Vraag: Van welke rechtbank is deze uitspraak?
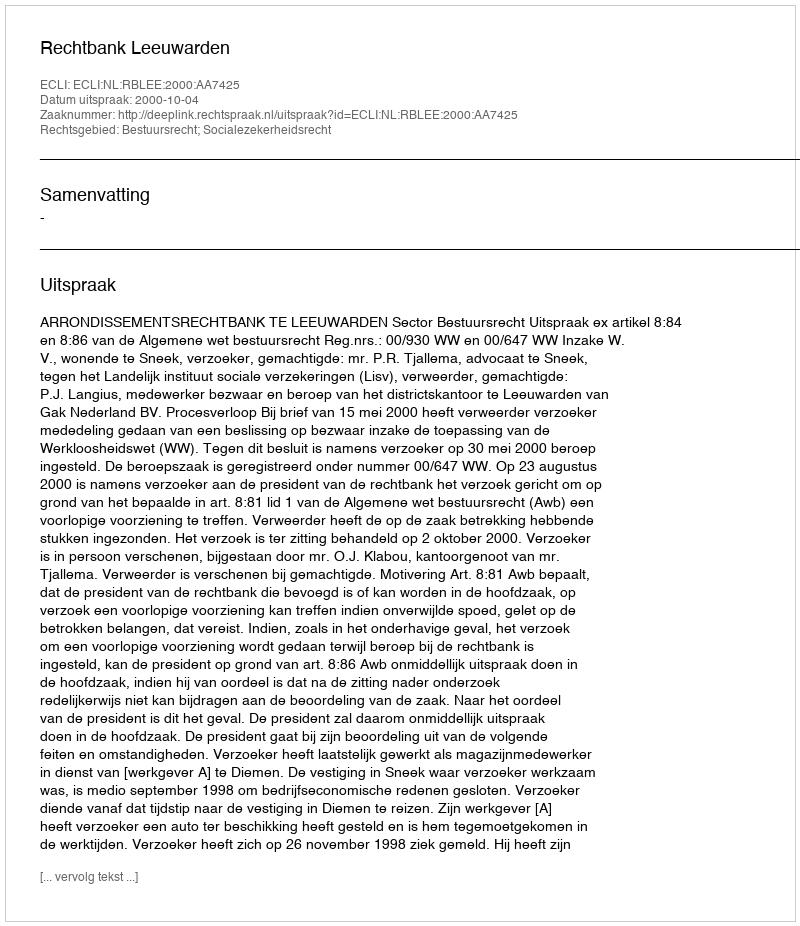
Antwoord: Rechtbank Leeuwarden